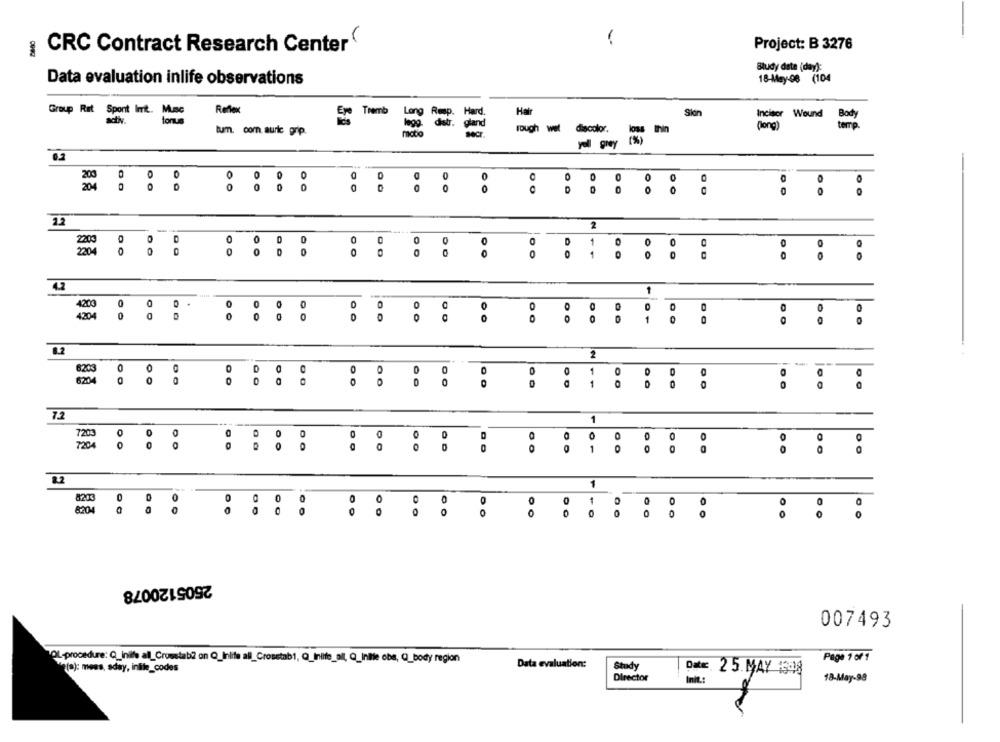
-
Project: B 3276
CRC Contract Research Center
Study date (day):
Data evaluation inlife observations
18-May-98 (104
Reflex
Tremb
Hair
Sion
Group Rat Spont Imit. Musc
Incisor
Weund
adv .
tonus
long
comp
tum. com. auric grip.
rough wet diacolor.
loss thin
(%)
yoll grey
0
000
:
C
OO
OO
2.2
2
0
0
1
0
0
0
0
1
0
4200
0 0 0 .
0
0
0
4204
0
0
0
1.2
2
0
O
1
O
8203 0
0
00
00
0
1
O
DO
7.2
1
0
0
0
0
0
0
0
1
0
0
2.2
1
0
0
0
8204
8203 a
0
0
0
10
0
O
2505120078
007493
OL-procedure: Q_nie al_Crosstab? on Q_inite all_Crosstab1, Q_Inite_al, Q_Inille obs, Q_body region
Page 1 of 1
Data evaluation:
Study
We (s): mees, sday, inlife_codes
P == 25. MAY #308
Director
Inte:
18-May-98